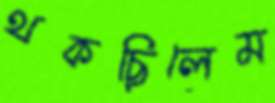
থকছিলেম